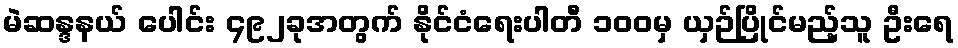
မဲဆန္ဒနယ် ပေါင်း ၄၉၂ခုအတွက် နိုင်ငံရေးပါတီ ၁၀၀မှ ယှဉ်ပြိုင်မည့်သူ ဦးရေ